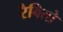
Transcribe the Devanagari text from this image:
रैबितो